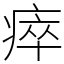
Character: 瘁